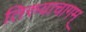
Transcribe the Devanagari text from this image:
तिरुवाचागम्‌